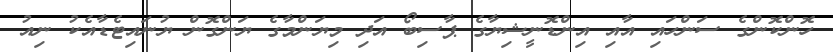
ހޮންކޮންގެ ސަންހައި އާއި އިންޑޮނީޝިޔާގެ ޕާސިބޯ އަދި މިޔަންމާގެ ޔަންގޮން ޔުނައިޓެޑާއެކު ނިއު